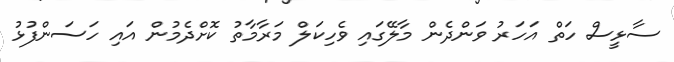
ސާޅީސް ހަތް އަހަރު ވަންދެން މާލޭގައި ވެހިކަލް މަރާމާތު ކޮށްދެމުން އައި ހަސަންފުޅު